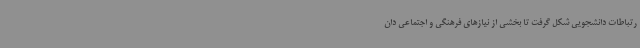
رتباطات دانشجویی شکل گرفت تا بخشی از نیازهای فرهنگی و اجتماعی دان